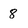
Character: 8